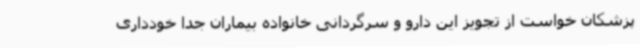
پزشکان خواست از تجویز این دارو و سرگردانی خانواده بیماران جدا خودداری